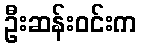
ဦးဆန်းဝင်းက